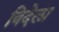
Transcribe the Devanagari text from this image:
विदेला